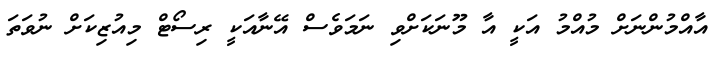
އާއްމުންނަށް މުއްމު އަކީ އާ މޫނަކަށްވި ނަމަވެސް އޭނާއަކީ ރިސޯޓް މިއުޒިކަށް ނުވަތަ